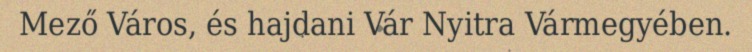
Mező Város, és hajdani Vár Nyitra Vármegyében.